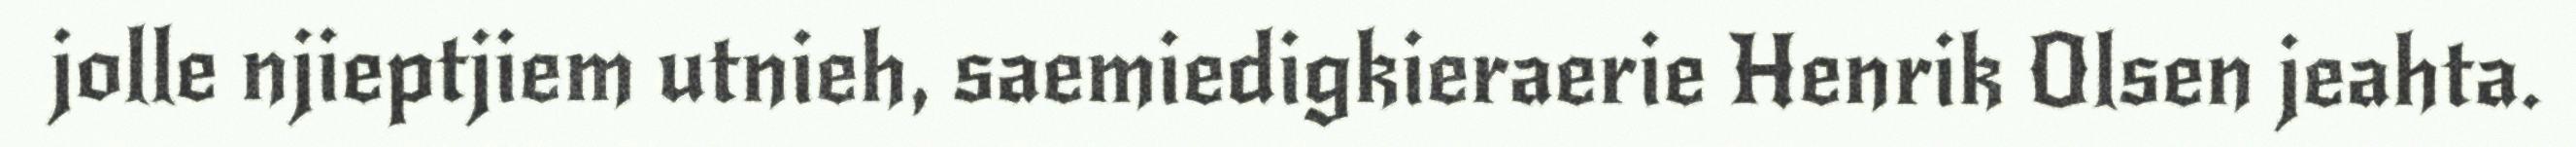
jolle njieptjiem utnieh, saemiedigkieraerie Henrik Olsen jeahta.